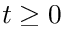
t \geq 0